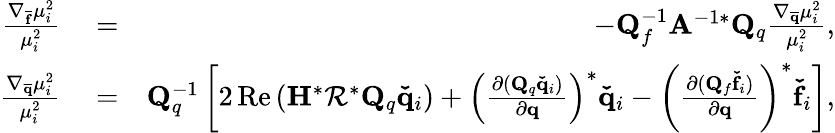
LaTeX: \begin{array}{rlr}{\frac{\nabla_{\mathbf{\overline{{f}}}}\mu_{i}^{2}}{\mu_{i}^{2}}}&{{}=}&{-\mathbf{Q}_{f}^{-1}\mathbf{A}^{-1*}\mathbf{Q}_{q}\frac{\nabla_{\mathbf{\overline{{q}}}}\mu_{i}^{2}}{\mu_{i}^{2}},}\\ {\frac{\nabla_{\mathbf{\overline{{q}}}}\mu_{i}^{2}}{\mu_{i}^{2}}}&{{}=}&{\mathbf{Q}_{q}^{-1}\left[2\operatorname{Re}\left(\mathbf{H}^{*}\mathbf{\mathcal{R}}^{*}\mathbf{Q}_{q}\mathbf{\check{q}}_{i}\right)+\left(\frac{\partial(\mathbf{Q}_{q}\mathbf{\check{q}}_{i})}{\partial\mathbf{q}}\right)^{*}\mathbf{\check{q}}_{i}-\left(\frac{\partial(\mathbf{Q}_{f}\mathbf{\check{f}}_{i})}{\partial\mathbf{q}}\right)^{*}\mathbf{\check{f}}_{i}\right],}\end{array}